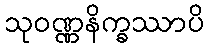
သုဝဏ္ဏနိက္ခဿာပိ